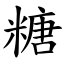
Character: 糖